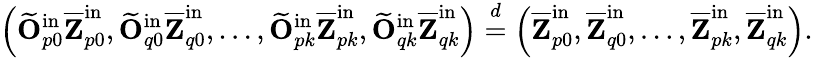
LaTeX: \left(\widetilde{\mathbf{O}}_{p0}^{\mathrm{in}}\overline{{\mathbf{Z}}}_{p0}^{\mathrm{in}},\widetilde{\mathbf{O}}_{q0}^{\mathrm{in}}\overline{{\mathbf{Z}}}_{q0}^{\mathrm{in}},\ldots,\widetilde{\mathbf{O}}_{pk}^{\mathrm{in}}\overline{{\mathbf{Z}}}_{pk}^{\mathrm{in}},\widetilde{\mathbf{O}}_{qk}^{\mathrm{in}}\overline{{\mathbf{Z}}}_{qk}^{\mathrm{in}}\right)\stackrel{d}{=}\left(\overline{{\mathbf{Z}}}_{p0}^{\mathrm{in}},\overline{{\mathbf{Z}}}_{q0}^{\mathrm{in}},\ldots,\overline{{\mathbf{Z}}}_{pk}^{\mathrm{in}},\overline{{\mathbf{Z}}}_{qk}^{\mathrm{in}}\right).